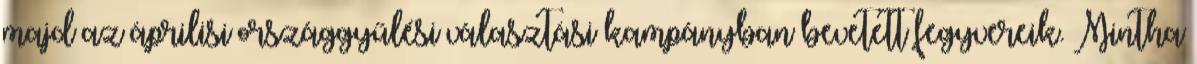
majd az áprilisi országgyűlési választási kampányban bevetett fegyvereik. Mintha